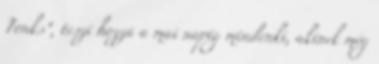
Tonks", teszi hozzá a mai napig mindenki, akinek még